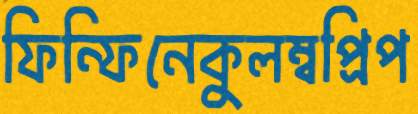
ফিন্‌ফিনেকুলম্বপ্রিপ